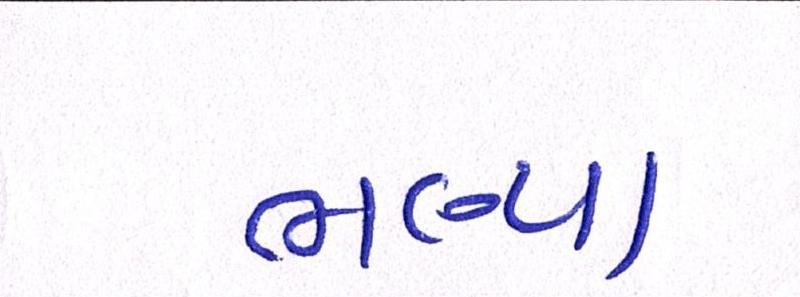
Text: ભણ્યા